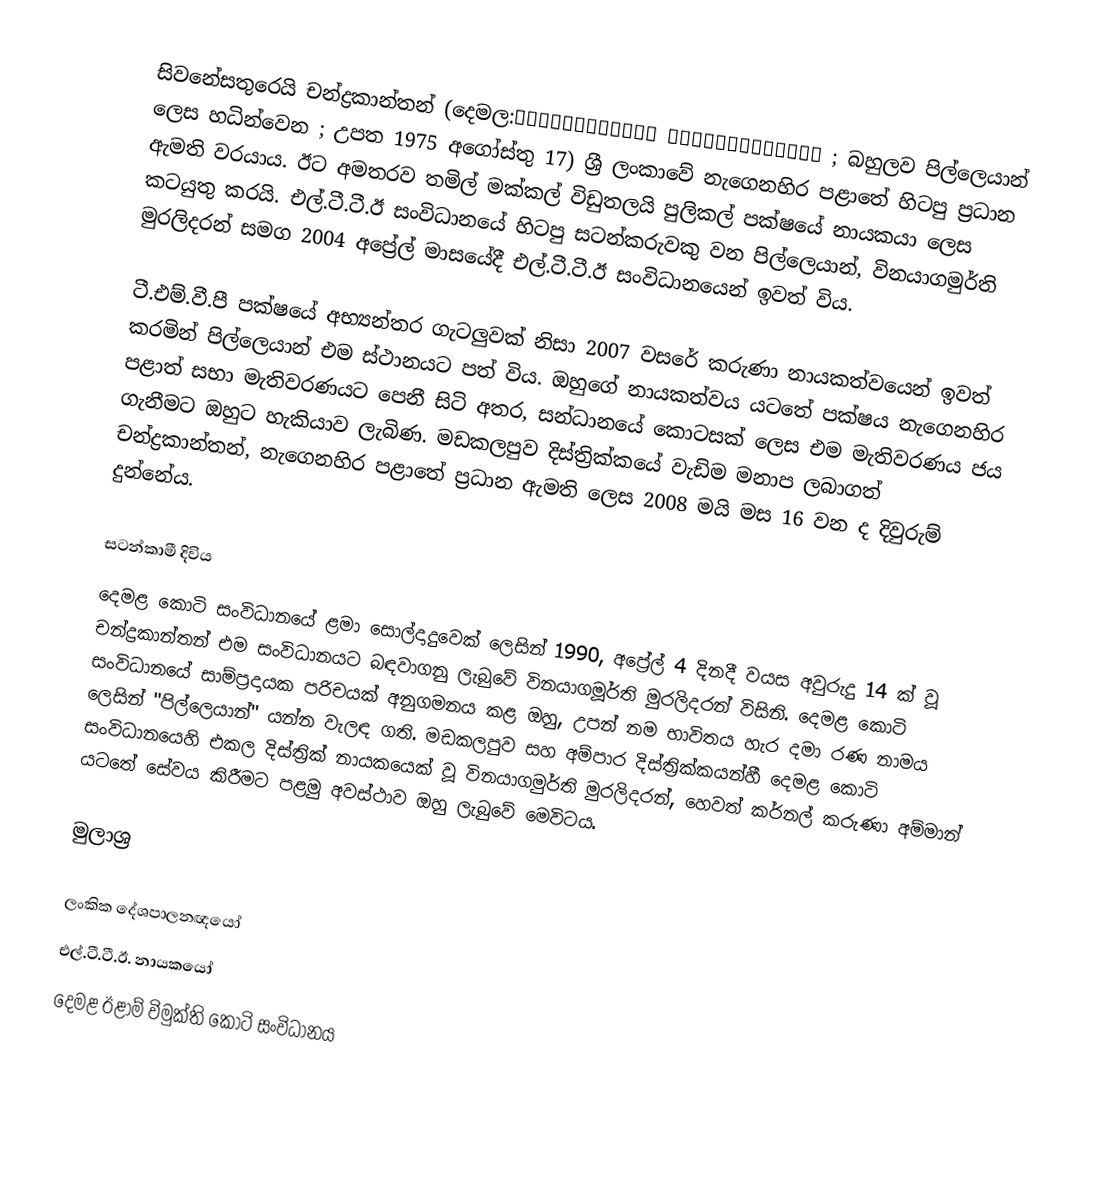
සිවනේසතුරෙයි චන්ද්‍රකාන්තන් (දෙමල:சிவனேசத்துரை சந்திரகாந்தன் ; බහුලව පිල්ලෙයාන් ලෙස හධින්වෙන ; උපත 1975 අගෝස්තු 17) ශ්‍රී ලංකාවේ නැගෙනහිර පළාතේ හිටපු ප්‍රධාන ඇමති වරයාය. ඊට අමතරව තමිල් මක්කල් විඩුතලයි පුලිකල් පක්ෂයේ නායකයා ලෙස කටයුතු කරයි. එල්.ටී.ටී.ඊ සංවිධානයේ හිටපු සටන්කරුවකු වන පිල්ලෙයාන්, විනයාගමුර්ති මුරලිදරන් සමග 2004 අප්‍රේල් මාසයේදී එල්.ටී.ටී.ඊ සංවිධානයෙන් ඉවත් විය.

ටී.එම්.වී.පී පක්ෂයේ අභ්‍යන්තර ගැටලුවක් නිසා 2007 වසරේ කරුණා නායකත්වයෙන් ඉවත් කරමින් පිල්ලෙයාන් එම ස්ථානයට පත් විය. ඔහුගේ නායකත්වය යටතේ පක්ෂය නැගෙනහිර පළාත් සභා මැතිවරණයට පෙනී සිටි අතර, සන්ධානයේ කොටසක් ලෙස එම මැතිවරණය ජය ගැනීමට ඔහුට හැකියාව ලැබිණ. මඩකලපුව දිස්ත්‍රික්කයේ වැඩිම මනාප ලබාගත් චන්ද්‍රකාන්තන්, නැගෙනහිර පළාතේ ප්‍රධාන ඇමති ලෙස 2008 මයි මස 16 වන ද දිවුරුම් දුන්නේය.

සටන්කාමී දිවිය
දෙමළ කොටි සංවිධානයේ ළමා සොල්දාදුවෙක් ලෙසින් 1990, අප්‍රේල් 4 දිනදී වයස අවුරුදු 14 ක් වූ චන්ද්‍රකාන්තන් එම සංවිධානයට බඳවාගනු ලැබුවේ විනයාගමූර්ති මුරලිදරන් විසිනි. දෙමළ කොටි සංවිධානයේ සාම්ප්‍රදායක පරිචයක් අනුගමනය කළ ඔහු, උපන් නම භාවිතය හැර දමා රණ නාමය ලෙසින්  "පිල්ලෙයාන්" යන්න වැලඳ ගති. මඩකලපුව සහ අම්පාර දිස්ත්‍රික්කයන්හී දෙමළ කොටි සංවිධානයෙහි එකල දිස්ත්‍රික් නායකයෙක් වූ  විනයාගමුර්ති මුරලිදරන්, හෙවත් කර්නල් කරුණා අම්මාන් යටතේ සේවය කිරීමට පළමු අවස්ථාව ඔහු ලැබුවේ මෙවිටය.

මුලාශ්‍ර

ලංකික දේශපාලනඥයෝ
එල්.ටී.ටී.ඊ. නායකයෝ
දෙමළ ඊළාම් විමුක්ති කොටි සංවිධානය